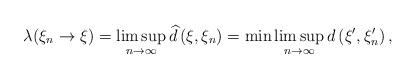
LaTeX: \begin{align*}\lambda(\xi_n \rightarrow \xi) = \limsup_{n \rightarrow \infty} \widehat{d}\left(\xi, \xi_n\right) = \min \limsup_{n \rightarrow \infty} d\left(\xi^\prime,\xi_n^\prime\right),\end{align*}